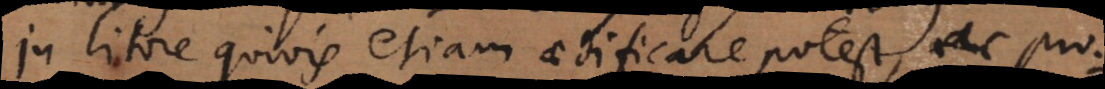
In litore quivis etiam aedificare potest, ac pro